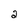
Character: 2